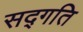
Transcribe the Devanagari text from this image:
सद्‍गति